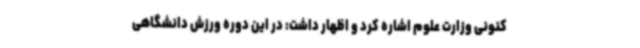
کنونی وزارت علوم اشاره کرد و اظهار داشت: در این دوره ورزش دانشگاهی